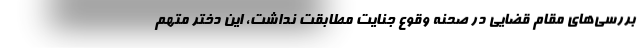
بررسی‌های مقام قضایی در صحنه وقوع جنایت مطابقت نداشت، این دختر متهم